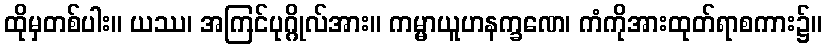
ထိုမှတစ်ပါး။ ယဿ၊ အကြင်ပုဂ္ဂိုလ်အား။ ကမ္မာယူဟနက္ခဏေ၊ ကံကိုအားထုတ်ရာစကား၌။